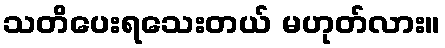
သတိပေးရသေးတယ် မဟုတ်လား။